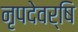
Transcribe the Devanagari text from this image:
नृपदेवर्षि